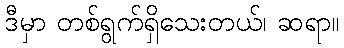
ဒီမှာ တစ်ရွက်ရှိသေးတယ်၊ ဆရာ။